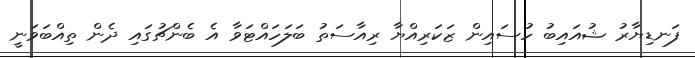
ފަނޑިޔާރު ޝުއައިބު ހުސައިން ޒަކަރިއްޔާ ރިއާސަތު ބަލަހައްޓަވާ އެ ބެންޗުގައި ދެން ތިއްބަވަނީ